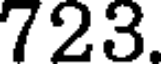
723.